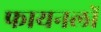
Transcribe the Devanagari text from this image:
फायनलों